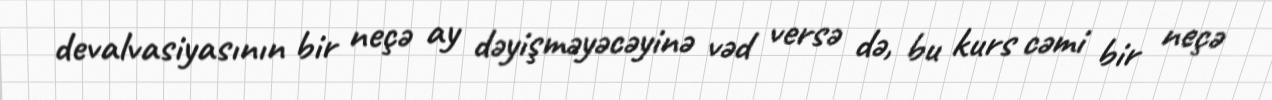
devalvasiyasının bir neçə ay dəyişməyəcəyinə vəd versə də, bu kurs cəmi bir neçə